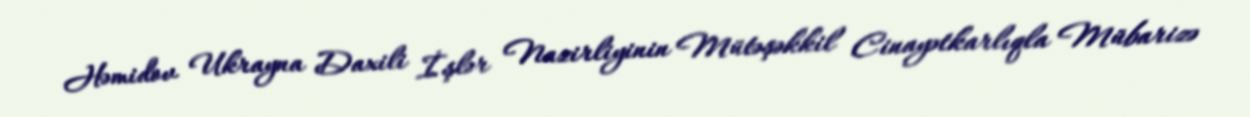
Həmidov Ukrayna Daxili İşlər Nazirliyinin Mütəşəkkil Cinayətkarlıqla Mübarizə